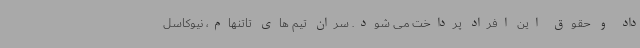
داد و حقوق این افراد پرداخت می شود. سران تیم های تاتنهام، نیوکاسل